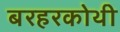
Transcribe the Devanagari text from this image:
बरहरकोथी